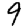
Digit: 9